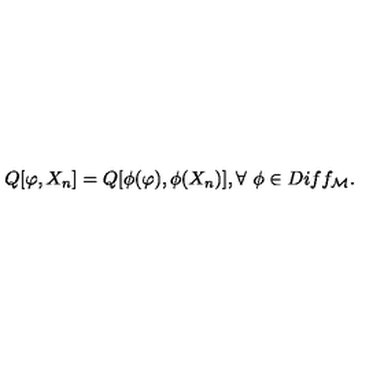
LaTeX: Q [ \varphi , X _ { n } ] = Q [ \phi ( \varphi ) , \phi ( X _ { n } ) ] , \forall \ \phi \in D i f f _ { \cal M } .